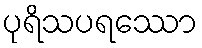
ပုရိသပရဿော